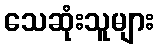
သေဆုံးသူများ